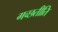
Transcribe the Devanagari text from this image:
गच्छतीति